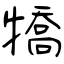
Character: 犞